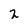
Character: 2